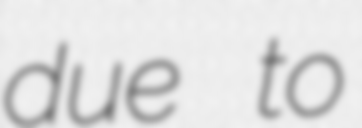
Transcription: due to